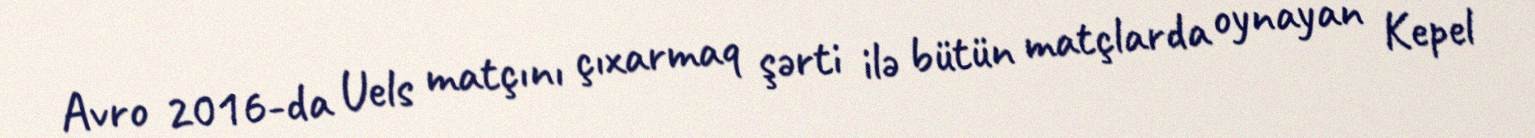
Avro 2016-da Uels matçını çıxarmaq şərti ilə bütün matçlarda oynayan Kepel